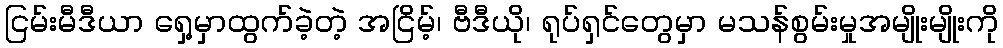
ငြမ်းမီဒီယာ ရှေ့မှာထွက်ခဲ့တဲ့ အငြိမ့်၊ ဗီဒီယို၊ ရုပ်ရှင်တွေမှာ မသန်စွမ်းမှုအမျိုးမျိုးကို